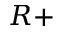
R +